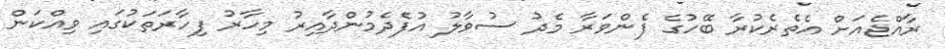
ރާއްޖެއަށް އެތެރެކުރާ ބޭހުގެ ފެންވަރާ މެދު ސުވާލު އުފެދެމުންދާއިރު މިހާރު ފިހާރަތަކުގައި ވިއްކަން